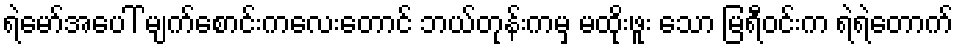
ရဲမော်အပေါ် မျက်စောင်းကလေးတောင် ဘယ်တုန်းကမှ မထိုးဖူး သော မြရီဝင်းက ရဲရဲတောက်